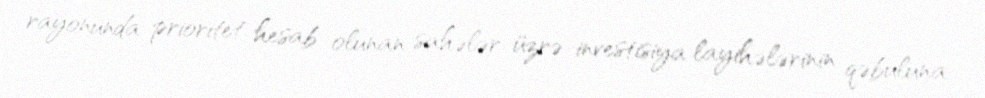
rayonunda prioritet hesab olunan sahələr üzrə investisiya layihələrinin qəbuluna